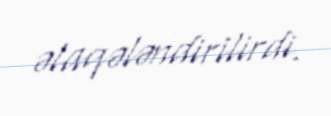
əlaqələndirilirdi.